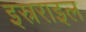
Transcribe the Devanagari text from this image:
इस्रराइल